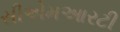
સીએમઆરટી